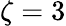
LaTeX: \zeta=3